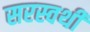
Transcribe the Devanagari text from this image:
सरस्वथी